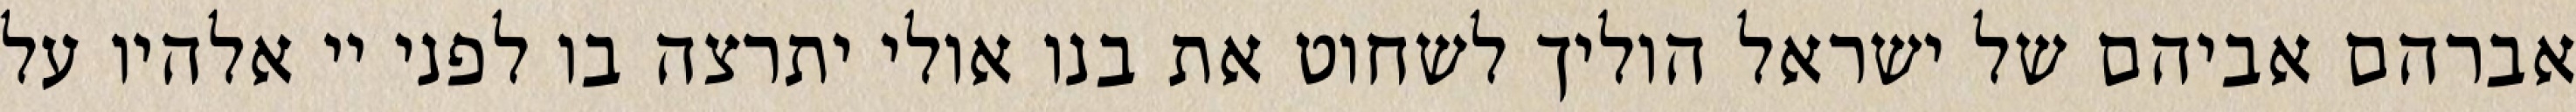
אברהם אביהם של ישראל הוליך לשחוט את בנו אולי יתרצה בו לפני יי אלהיו על